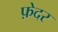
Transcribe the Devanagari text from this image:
फ़ेदर